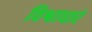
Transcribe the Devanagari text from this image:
विश्वाधारं